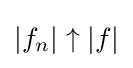
|f_{n}|\uparrow |f|